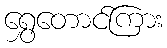
ရွှေတောင်ကြား